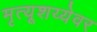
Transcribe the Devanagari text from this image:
मृत्यूशय्येवर